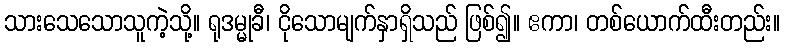
သားသေသောသူကဲ့သို့။ ရုဒမ္မုခီ၊ ငိုသောမျက်နှာရှိသည် ဖြစ်၍။ ဧကာ၊ တစ်ယောက်ထီးတည်း။